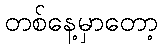
တစ်နေ့မှာတော့